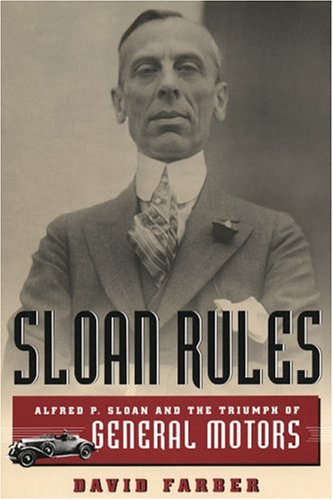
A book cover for Sloan Rules: Alfred P. Sloan and the Triumph of General Motors; David Farber; Business & Money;